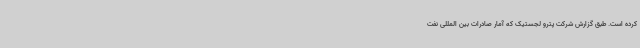
کرده است. طبق گزارش شرکت پترو لجستیک که آمار صادرات بین المللی نفت